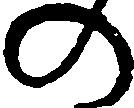
の